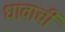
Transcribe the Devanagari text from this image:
धावाची